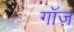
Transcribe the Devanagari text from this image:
गॉज़